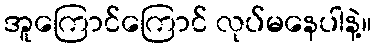
အူကြောင်ကြောင် လုပ်မနေပါနဲ့။